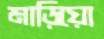
মাড়িয়ো